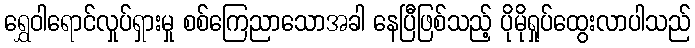
ရွှေဝါရောင်လှုပ်ရှားမှု စစ်ကြေညာသောအခါ နေပြီဖြစ်သည့် ပိုမိုရှုပ်ထွေးလာပါသည်